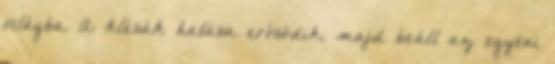
világba. A klésák hatása erősödik, majd beáll az egyéni